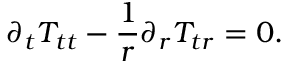
\partial _ { t } T _ { t t } - \frac { 1 } { r } \partial _ { r } T _ { t r } = 0 .